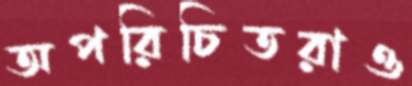
অপরিচিতরাও